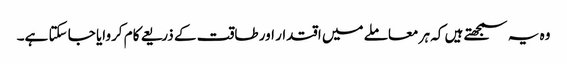
وہ یہ سمجھتے ہیں کہ ہر معاملے میں اقتدار اور طاقت کے ذریعے کام کروایا جا سکتا ہے۔